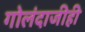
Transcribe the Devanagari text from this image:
गोलंदाजीही